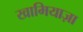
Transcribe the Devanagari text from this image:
खामियाज़ा